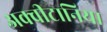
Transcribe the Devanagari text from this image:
अक्वीटानिया